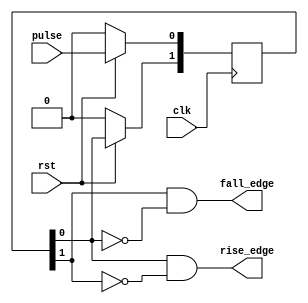
//
// 
//

module posenege(
    input       clk,
    input       rst,
    input       pulse,
    output      rise_edge,
    output      fall_edge
);

reg [1:0]   r_pulse;
wire        r_pulse1_invert;
wire        r_pulse1_invert1;

always@(posedge clk) begin
    if(!rst) begin
        r_pulse <= 2'b00;
    end
    else begin
        // 010
        r_pulse[0] <= pulse;
        r_pulse[1] <= r_pulse[0];
        //  r_pulse <= {r_pulse[0],pulse};
        
        // 2
        // 
        // 
    end
end

assign r_pulse1_invert = ~r_pulse[1];
assign r_pulse1_invert1 = ~r_pulse[0];
assign rise_edge = r_pulse[0] & r_pulse1_invert;
assign fall_edge = r_pulse[1] & r_pulse1_invert1;

endmodule